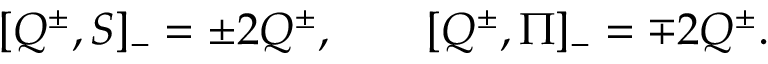
[ Q ^ { \pm } , S ] _ { - } = \pm 2 Q ^ { \pm } , \qquad [ Q ^ { \pm } , \Pi ] _ { - } = \mp 2 Q ^ { \pm } .